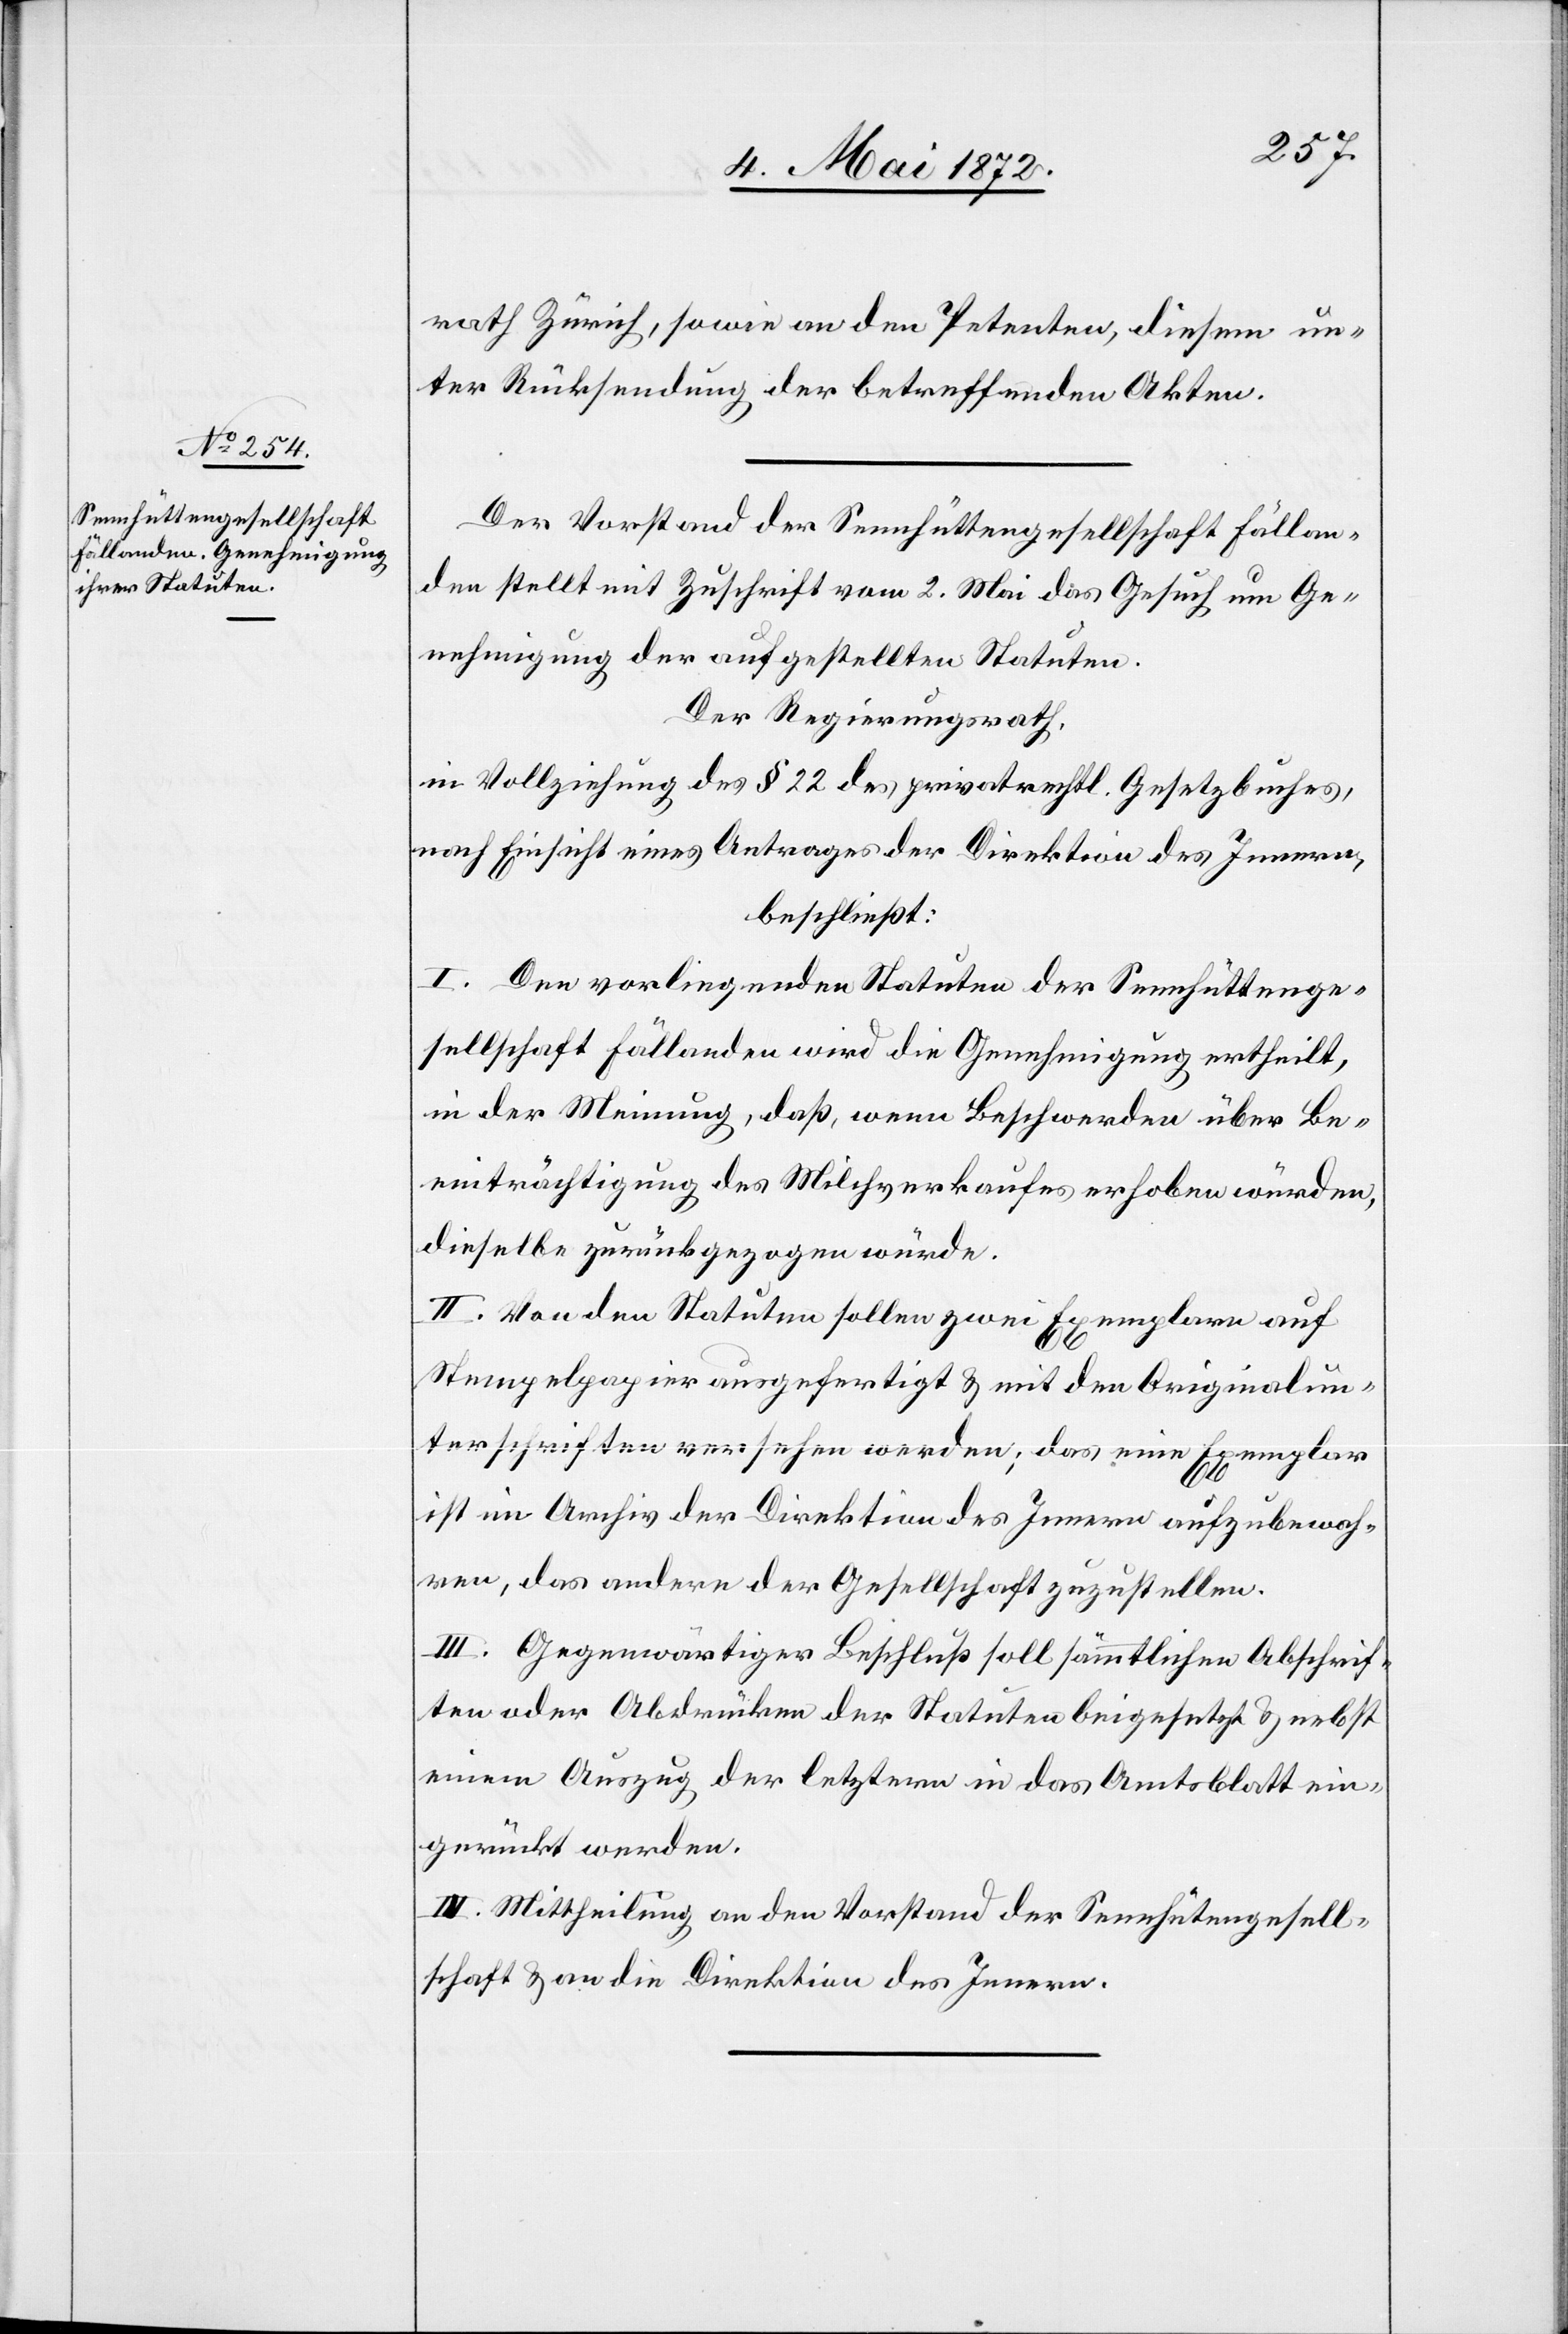
rath Zürich, sowie an den Petenten, diesem un¬
ter Rücksendung der betreffenden Akten.
Der Vorstand der Sennhüttengesellschaft Fällan¬
den stellt mt Zuschrift vom 2. Mai das Gesuch um Ge¬
nehmigung der aufgestellten Statuten.
Der Regierungsrath,
in Vollziehung des § 22 des privatrechtl. Gesetzbuches,
nach Einsicht eines Antrages der Direktion des Innern,
beschließt:
I. Den vorliegenden Statuten der Sennhüttenge¬
sellschaft Fällanden wird die Genehmigung ertheilt,
in der Meinung, daß, wenn Beschwerden über Be¬
einträchtigung des Milchverkaufes erhoben würden,
dieselbe zurückgezogen würde.
II. Von den Statuten sollen zwei Exemplare auf
Stempelpapier ausgefertigt u. mit den Originalun¬
terschriften versehen werden; das eine Exemplar
ist im Archiv der Direktion des Innern aufzubewah¬
ren, das andere der Gesellschaft zuzustellen.
III. Gegenwärtiger Beschluß soll sämmtlichen Abschrif¬
ten oder Abdrücken der Statuten beigesetzt u. nebst
einem Auszug der letztern in das Amtsblatt ein¬
gerückt werden.
IV. Mittheilung an den Vorstand der Sennhüt[t]engesell¬
schaft u. an die Direktion des Innern.